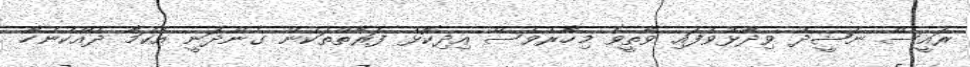
ރައީސް ނަޝީދު ވިދާޅުވެފައި ވާތީވެ މިހާރުވެސް އިދިކޮޅު ފަރާތްތަކުން ގެންދަނީ އެކަމާ ދެއްކުނުހާ